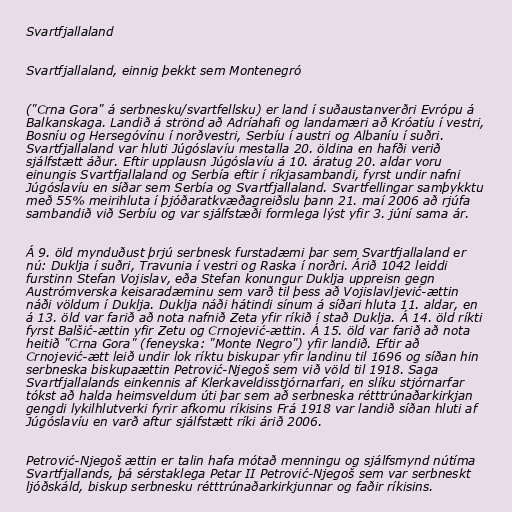
Svartfjallaland

Svartfjallaland, einnig þekkt sem Montenegró

("Crna Gora" á serbnesku/svartfellsku) er land í suðaustanverðri Evrópu á
Balkanskaga. Landið á strönd að Adríahafi og landamæri að Króatíu í vestri,
Bosníu og Hersegóvínu í norðvestri, Serbíu í austri og Albaníu í suðri.
Svartfjallaland var hluti Júgóslavíu mestalla 20. öldina en hafði verið
sjálfstætt áður. Eftir upplausn Júgóslavíu á 10. áratug 20. aldar voru
einungis Svartfjallaland og Serbía eftir í ríkjasambandi, fyrst undir nafni
Júgóslavíu en síðar sem Serbía og Svartfjallaland. Svartfellingar samþykktu
með 55% meirihluta í þjóðaratkvæðagreiðslu þann 21. maí 2006 að rjúfa
sambandið við Serbíu og var sjálfstæði formlega lýst yfir 3. júní sama ár.

Á 9. öld mynduðust þrjú serbnesk furstadæmi þar sem Svartfjallaland er
nú: Duklja í suðri, Travunia í vestri og Raska í norðri. Árið 1042 leiddi
furstinn Stefan Vojislav, eða Stefan konungur Duklja uppreisn gegn
Austrómverska keisaradæminu sem varð til þess að Vojislavljević-ættin
náði völdum í Duklja. Duklja náði hátindi sínum á síðari hluta 11. aldar, en
á 13. öld var farið að nota nafnið Zeta yfir ríkið í stað Duklja. Á 14. öld ríkti
fyrst Balšić-ættin yfir Zetu og Crnojević-ættin. Á 15. öld var farið að nota
heitið "Crna Gora" (feneyska: "Monte Negro") yfir landið. Eftir að
Crnojević-ætt leið undir lok ríktu biskupar yfir landinu til 1696 og síðan hin
serbneska biskupaættin Petrović-Njegoš sem við völd til 1918. Saga
Svartfjallalands einkennis af Klerkaveldisstjórnarfari, en slíku stjórnarfar
tókst að halda heimsveldum úti þar sem að serbneska rétttrúnaðarkirkjan
gengdi lykilhlutverki fyrir afkomu ríkisins Frá 1918 var landið síðan hluti af
Júgóslavíu en varð aftur sjálfstætt ríki árið 2006.

Petrović-Njegoš ættin er talin hafa mótað menningu og sjálfsmynd nútíma
Svartfjallands, þá sérstaklega Petar II Petrović-Njegoš sem var serbneskt
ljóðskáld, biskup serbnesku rétttrúnaðarkirkjunnar og faðir ríkisins.